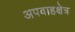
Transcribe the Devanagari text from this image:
अपवाहक्षेत्र